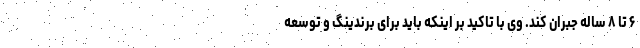
۶ تا ۸ ساله جبران کند. وی با تاکید بر اینکه باید برای برندینگ و توسعه